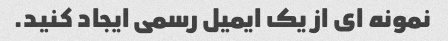
نمونه ای از یک ایمیل رسمی ایجاد کنید.